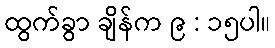
ထွက်ခွာ ချိန်က ၉ : ၁၅ပါ။